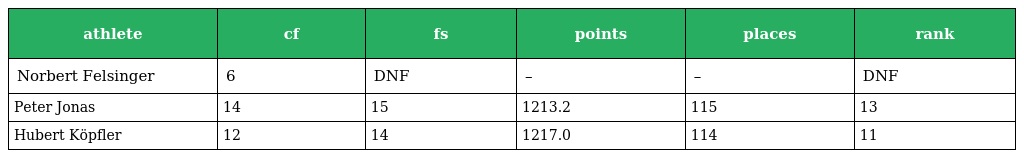
| athlete | cf | fs | points | places | rank |
 | --- | --- | --- | --- | --- | --- |
 | Norbert Felsinger | 6 | DNF | – | – | DNF |
 | Peter Jonas | 14 | 15 | 1213.2 | 115 | 13 |
 | Hubert Köpfler | 12 | 14 | 1217.0 | 114 | 11 |